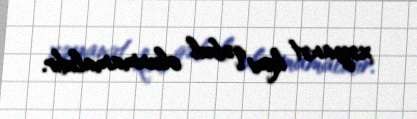
xəyanət kimi qəbul olunmamalıdır.